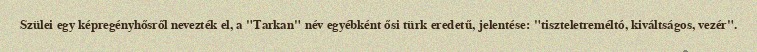
Szülei egy képregényhősről nevezték el, a "Tarkan" név egyébként ősi türk eredetű, jelentése: "tiszteletreméltó, kiváltságos, vezér".